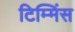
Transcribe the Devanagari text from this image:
टिम्मिंस